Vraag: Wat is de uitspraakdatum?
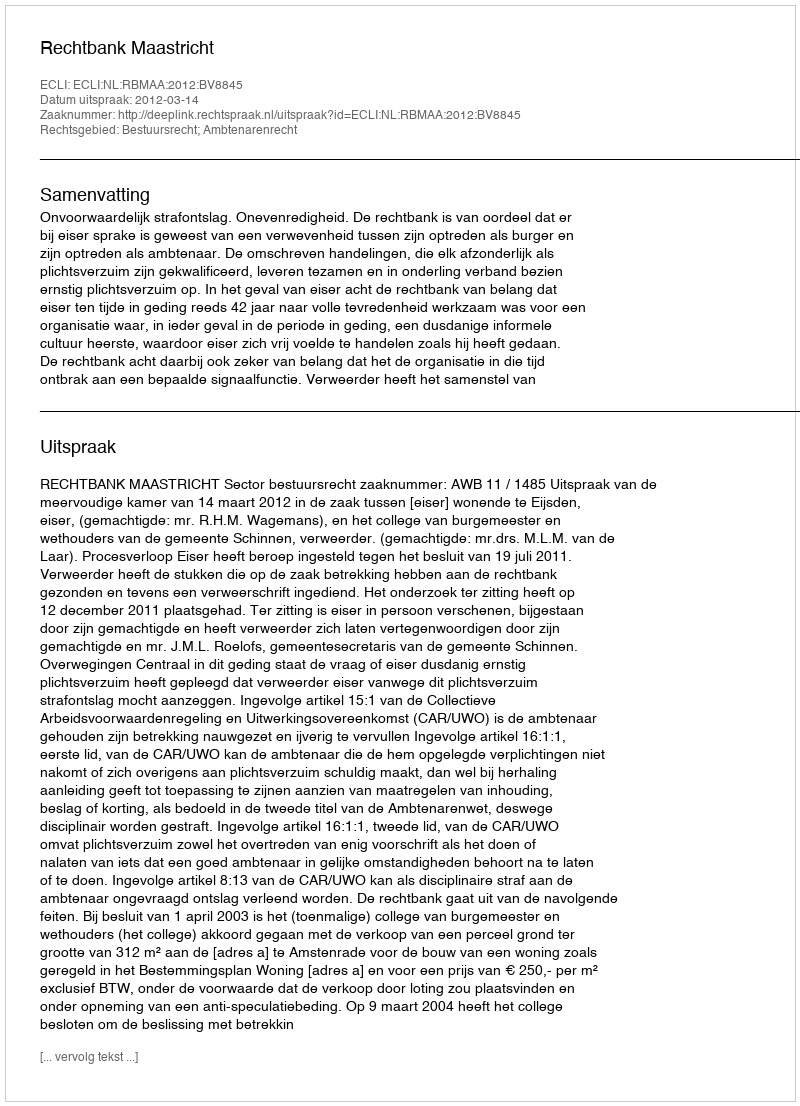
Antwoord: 2012-03-14